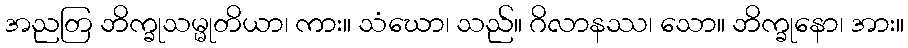
အညတြ ဘိက္ခုသမ္မုတိယာ၊ ကား။ သံဃော၊ သည်။ ဂိလာနဿ၊ သော။ ဘိက္ခုနော၊ အား။